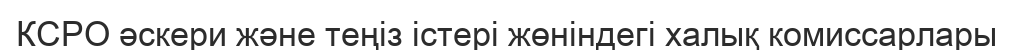
КСРО әскери және теңіз істері жөніндегі халық комиссарлары